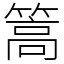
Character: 篙